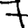
Digit: 7